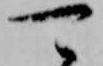
可